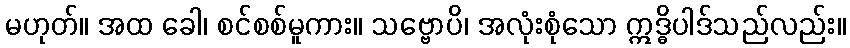
မဟုတ်။ အထ ခေါ၊ စင်စစ်မူကား။ သဗ္ဗောပိ၊ အလုံးစုံသော ဣဒ္ဓိပါဒ်သည်လည်း။